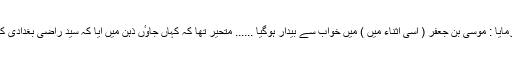
تو انھوں نے فرمایا : موسیٰ بن جعفر ( اسی اثناء میں ) میں خواب سے بیدار ہوگیا ...... متحیر تھا کہ کہاں جاوٴں ذہن میں آیا کہ سید راضی بغدادی کے پاس جاوٴں ۔